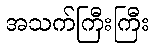
အသက်ကြီးကြီး